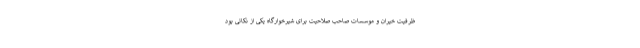
ظرفیت خیران و موسسات صاحب صلاحیت برای شیرخوارگاه یکی از نکاتی بود